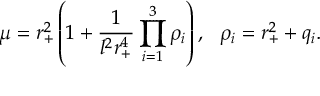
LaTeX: \mu = r _ { + } ^ { 2 } \left( 1 + \frac { 1 } { l ^ { 2 } r _ { + } ^ { 4 } } \prod _ { i = 1 } ^ { 3 } \rho _ { i } \right) , \ \ \rho _ { i } = r _ { + } ^ { 2 } + q _ { i } .